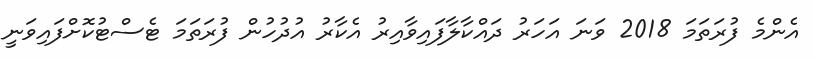
އެންމެ ފުރަތަމަ 2018 ވަނަ އަހަރު ދައްކާލާފައިވާއިރު އެކާރު އުދުހުން ފުރަތަމަ ޓެސްޓުކޮށްފައިވަނީ